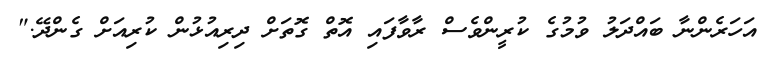
އަހަރެންނާ ބައްދަލު ވުމުގެ ކުރީންވެސް ރާވާފައި އޮތް ގޮތަށް ދިރިއުޅުން ކުރިއަށް ގެންދޭ."